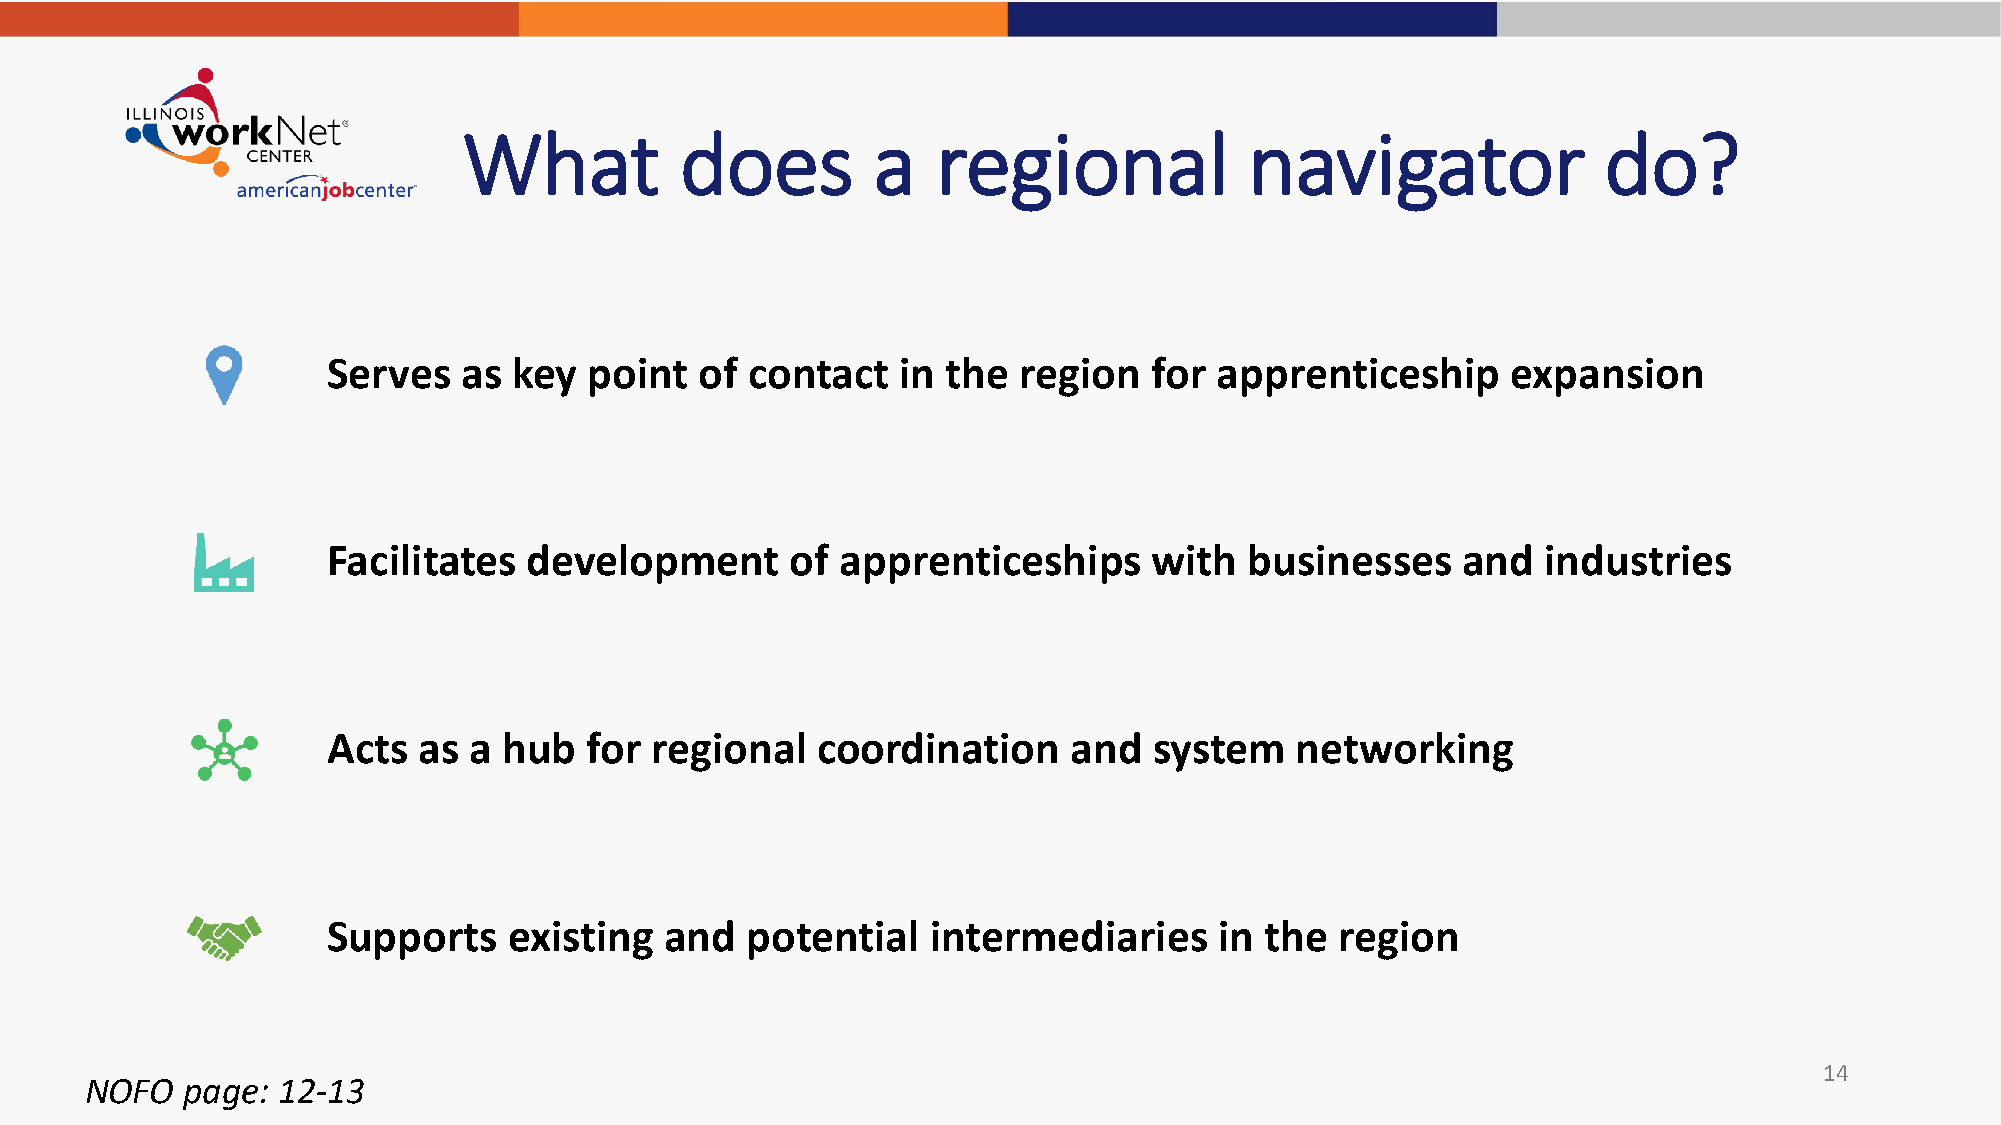
What          does         a   regional             navigator              do?
 Serves   as key  point  of  contact   in the  region  for  apprenticeship     expansion
 Facilitates  development      of  apprenticeships     with   businesses    and  industries
 Acts  as a hub   for regional   coordination     and  system    networking
 Supports    existing  and  potential    intermediaries     in the  region
 14
 NOFO  page: 12-13